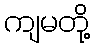
ကျမတို့